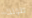
طولك